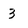
Character: 3